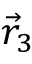
\vec { r } _ { 3 }